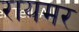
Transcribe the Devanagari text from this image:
रायमर